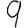
Digit: 9